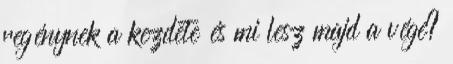
regénynek a kezdete és mi lesz majd a vége?